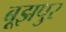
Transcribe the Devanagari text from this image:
बूझपुर